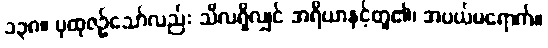
၁၃၈။ ပုထုဇဉ်သော်လည်း သီလရှိလျှင် အရိယာနှင့်တူ၏၊ အပယ်မရောက်။